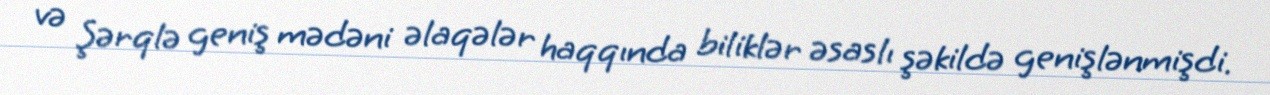
və Şərqlə geniş mədəni əlaqələr haqqında biliklər əsaslı şəkildə genişlənmişdi.